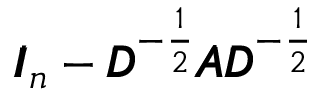
\pmb { I } _ { n } - \pmb { D } ^ { - \frac 1 2 } \pmb { A } \pmb { D } ^ { - \frac 1 2 }